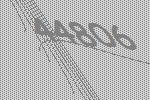
44806